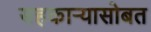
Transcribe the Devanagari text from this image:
सहकाऱ्यासोबत